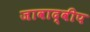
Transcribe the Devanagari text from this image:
जावाद्वीप